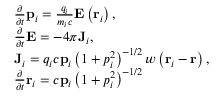
\begin{array} { r l } & { \frac { \partial } { \partial t } \mathbf { p } _ { i } = \frac { q _ { i } } { m _ { i } c } \mathbf { E } \left( \mathbf { r } _ { i } \right) , } \\ & { \frac { \partial } { \partial t } \mathbf { E } = - 4 \pi \mathbf { J } _ { i } , } \\ & { \mathbf { J } _ { i } = q _ { i } c \mathbf { p } _ { i } \left( 1 + p _ { i } ^ { 2 } \right) ^ { - 1 / 2 } w \left( \mathbf { r } _ { i } - \mathbf { r } \right) , } \\ & { \frac { \partial } { \partial t } \mathbf { r } _ { i } = c \mathbf { p } _ { i } \left( 1 + p _ { i } ^ { 2 } \right) ^ { - 1 / 2 } } \end{array}